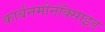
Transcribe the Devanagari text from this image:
कार्बनमोनॉक्साइड